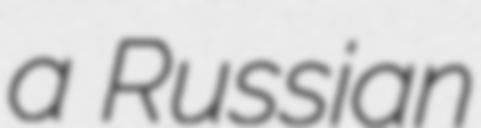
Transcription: a Russian